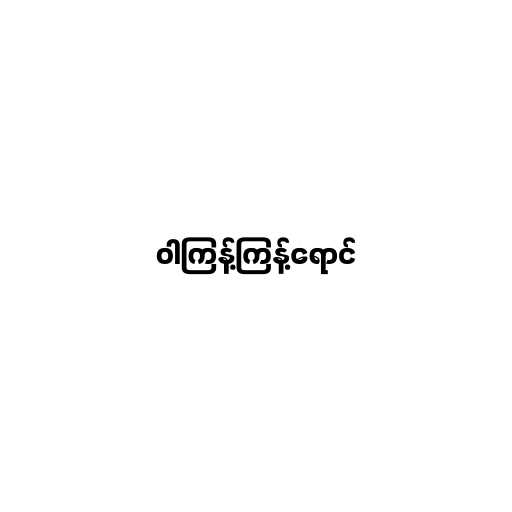
ဝါကြန့်ကြန့်ရောင်